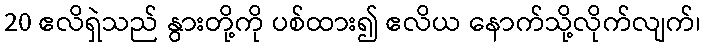
20 ဧလိရှဲသည် နွားတို့ကို ပစ်ထား၍ ဧလိယ နောက်သို့လိုက်လျက်၊